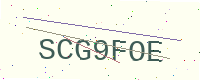
Text: SCG9FOE